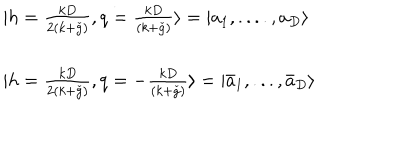
\begin{array} { l } { { | h = \frac { k D } { 2 ( k + \check { g } ) } , q = \frac { k D } { ( k + \check { g } ) } \rangle = | a _ { 1 } , . . . . , a _ { D } \rangle } } \\ { { \ } } \\ { { | h = \frac { k D } { 2 ( k + \check { g } ) } , q = - \frac { k D } { ( k + \check { g } ) } \rangle = | \bar { a } _ { 1 } , . . . , \bar { a } _ { D } \rangle } } \\ \end{array}